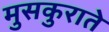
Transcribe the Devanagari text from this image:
मुसकुराते